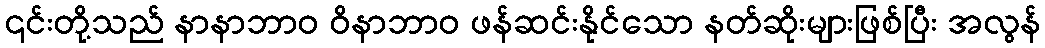
၎င်းတို့သည် နာနာဘာဝ ဝိနာဘာဝ ဖန်ဆင်းနိုင်သော နတ်ဆိုးများဖြစ်ပြီး အလွန်